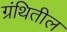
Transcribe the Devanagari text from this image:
ग्रंथितील